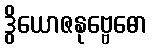
ဒွိယောဇနုဗ္ဗေဓော